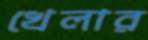
খেলার